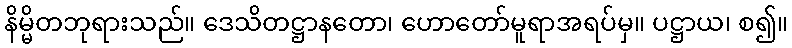
နိမ္မိတဘုရားသည်။ ဒေသိတဋ္ဌာနတော၊ ဟောတော်မူရာအရပ်မှ။ ပဋ္ဌာယ၊ စ၍။